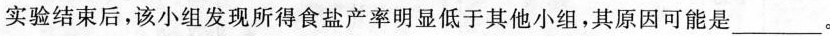
实验结束后，该小组发现所得食盐产率明显低于其他小组，其原因可能是___。